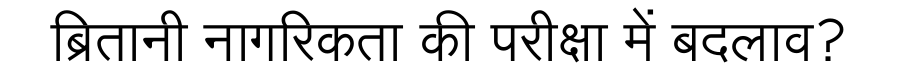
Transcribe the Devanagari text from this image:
ब्रितानी नागरिकता की परीक्षा में बदलाव?